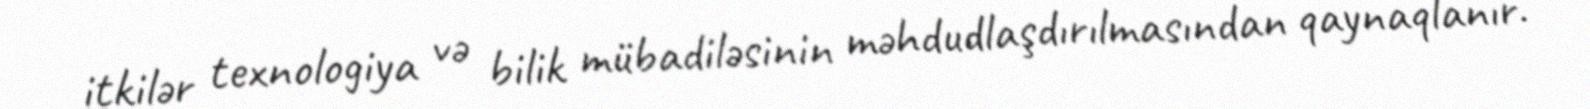
itkilər texnologiya və bilik mübadiləsinin məhdudlaşdırılmasından qaynaqlanır.